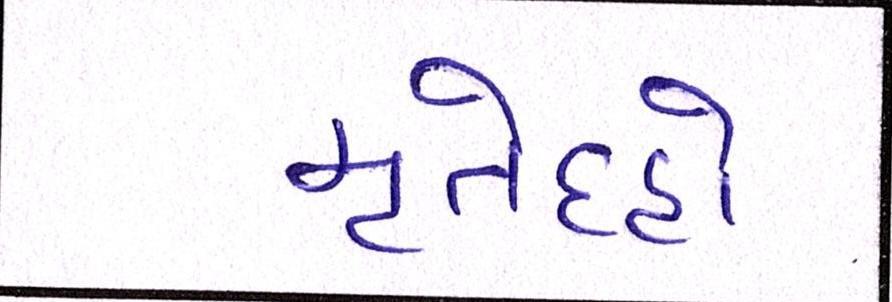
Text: મૃતેદહો